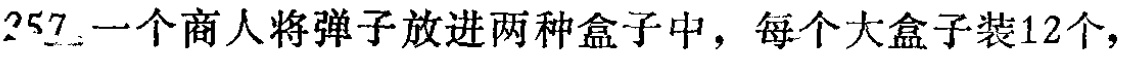
$257$. 一个商人将弹子放进两种盒子中，每个大盒子装$12$个，